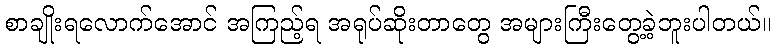
စာချိုးရလောက်အောင် အကြည့်ရ အရုပ်ဆိုးတာတွေ အများကြီးတွေ့ခဲ့ဘူးပါတယ်။